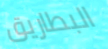
البطاريق